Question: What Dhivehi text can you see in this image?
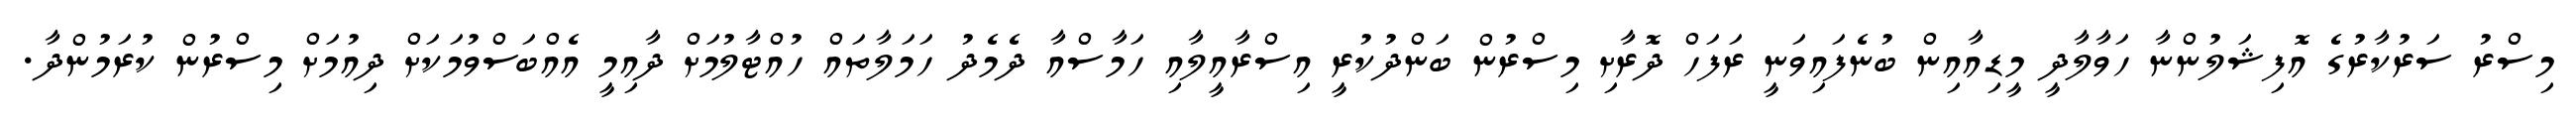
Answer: މިސްރު ސަރުކާރުގެ އޮފިޝަލުންނާ ހަވާލާދީ މީޑިއާއިން ބުނެފައިވަނީ ރަފަހް ދޮރާށި މިސްރުން ބަންދުކުރީ އިސްރާއީލާއި ހަމާސްއާ ދެމެދު ހަމަލާތައް ހުއްޓާލުމަށް ދާއިމީ އެއްބަސްވުމަކަށް ދިއުމަށް މިސްރުން ކުރަމުންދާ.